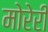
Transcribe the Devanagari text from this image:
मोरेरी